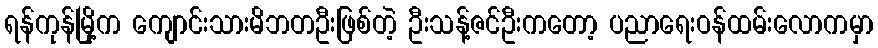
ရန်ကုန်မြို့က ကျောင်းသားမိဘတဦးဖြစ်တဲ့ ဦးသန့်ဇင်ဦးကတော့ ပညာရေးဝန်ထမ်းလောကမှာ